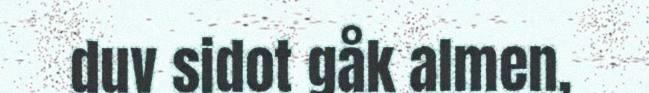
duv sidot gåk almen,